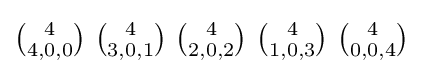
\textstyle {4 \choose 4,0,0}\ {4 \choose 3,0,1}\ {4 \choose 2,0,2}\ {4 \choose 1,0,3}\ {4 \choose 0,0,4}